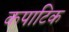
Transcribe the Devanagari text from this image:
कपाटिक